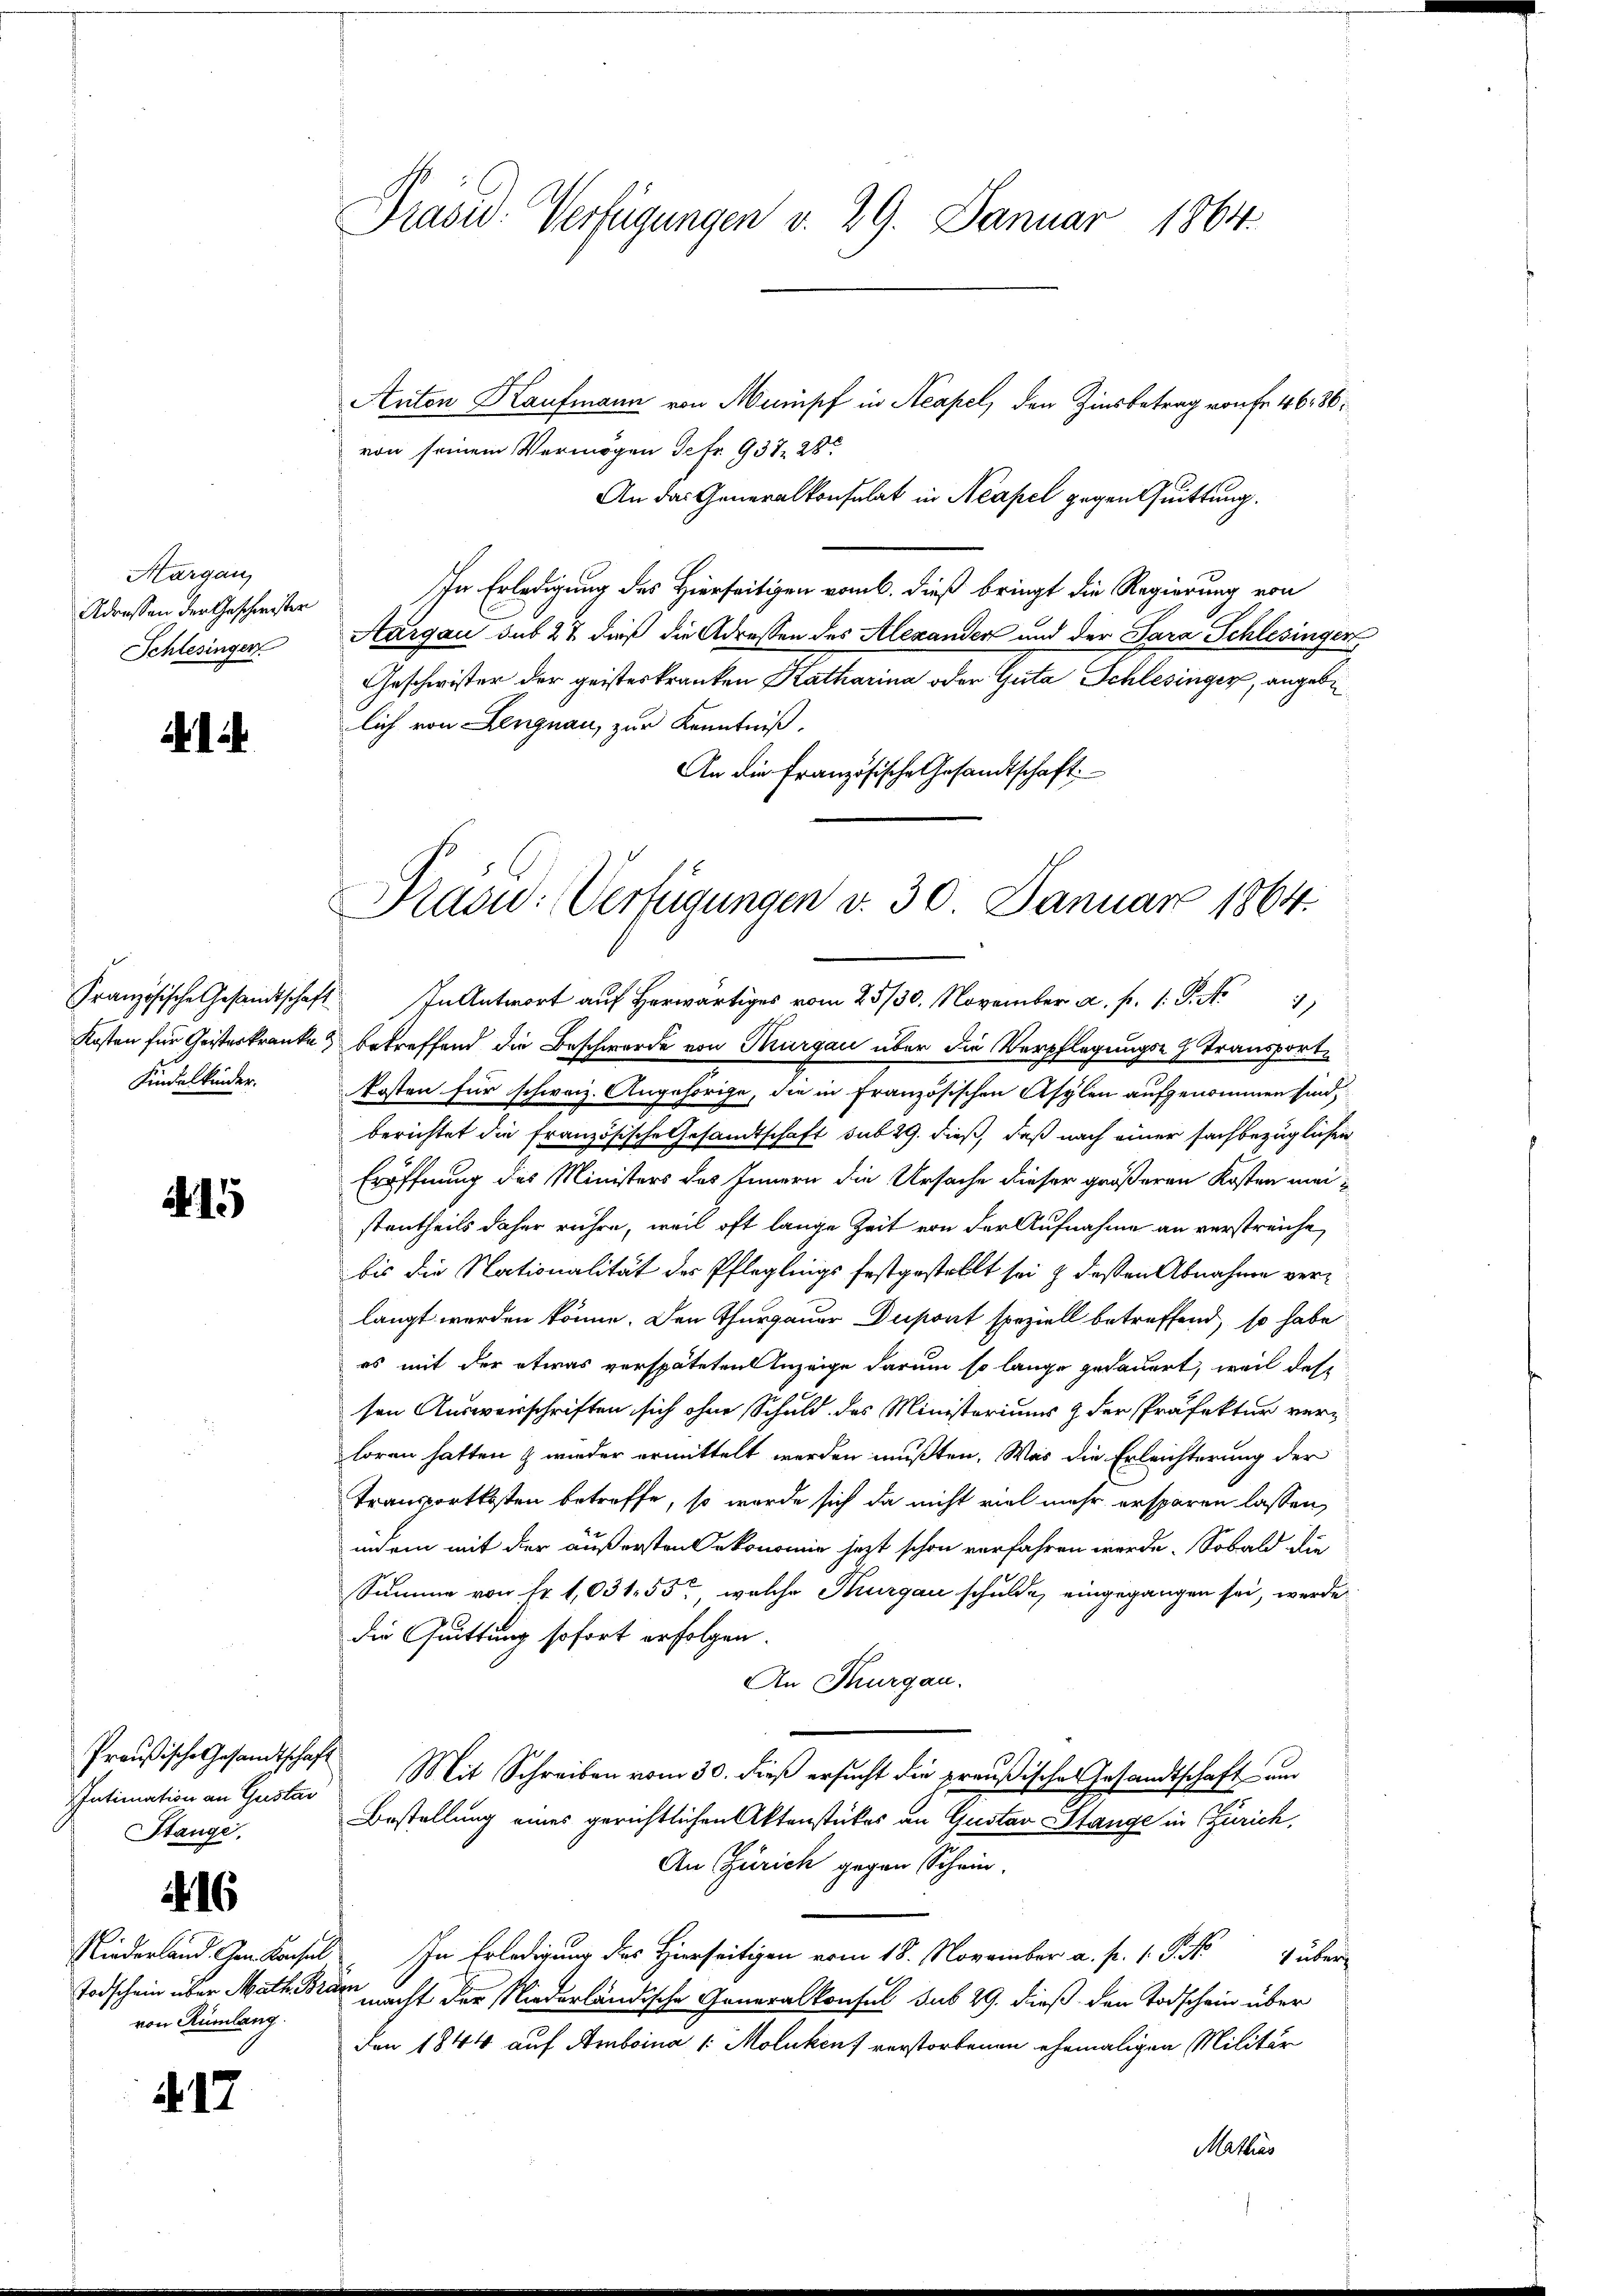
Margau,
Adressen der Geschwister
Schlesingen

Kindelkinder.

Intimation an Gustav
Stange.

416

Todschein über Math. Bräm
von Rümlang.

417

Präsid. Verfügungen v. 29. Januar 1864.

Anton Kaufmann von Mumpf in Acapel, den Zinsbetrag von Fr. 46. 86.
von seinem Vermögen Gefr. 937 28
An das Generalkonsulat in Neapel gegen Quittung.
In Erledigung des Hierseitigen vom 6. dieß bringt die Regierung von
Aargau sub 27 dieß die Adressen des Alexander und der Sara Schlesingen
Geschwister der geisteskranken Katharina oder Guta Schlesinger, angebe
lich von Lengnau, zur Kenntniß.
An die Französische Gesandtschaft

Präsid: Verfügungen v. 30. Januar 1864.

rch.....
Kosten für Geisteskranke betreffend die Beschwerde von Thurgau über die Verpflegungs-Transporte
Kosten für schweiz. Angehörige, die in französischen Asylen aufgenommen sind,
berichtet die französische Gesandtschaft sub 29. dieß, daß nach einer sachbezüglichen
Eröffnung des Ministers des Innern die Ursache dieser größeren Kosten meistentheils daher rühre, weil oft lange Zeit von der Aufnahme an verstreiche,
bis die Nationalität des Pfleglings festgestellt sei & deßen Abnahme verlangt werden könne. Den Thurgauer Dupont speziell betreffend, so habe
es mit der etwas verspäteten Anzeige darum so lange gedauert, weil des
sen Ausweisschriften sich ohne Schuld des Ministeriums & der Präfektur verloren hatten & wieder ermittelt werden mußten. Was die Erleichterung der
Transportkosten betreffe, so wurde sich da nicht viel mehr ersparen lassen,
indem mit der äußersten Oekonomie jezt schon verfahren werde. Sobald die
Summe von fr. 1,03155, welche Thurgau schulde, eingegangen sei, werde
die Quittung sofort erfolgen.
An Thurgau.
Preußische Gesandtschaft Mit Schreiben vom 30. dieß ersucht die preußisches Gesandtschaft und
Bestellung eines gerichtlichen Aktenstückes an Gustav Stange in Zürich,
An Zürich gegen Schein.
Niederland den Kassel In Erledigung des Hierseitigen vom 18. November a. p. 1. J. über
macht der Niederländische Generalkonsul sub 29. dieß den Todschein über
Den 1844 auf Amboina /: Moluken) verstorbenen ehemaligen Militär
Mathias